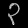
Digit: ၃